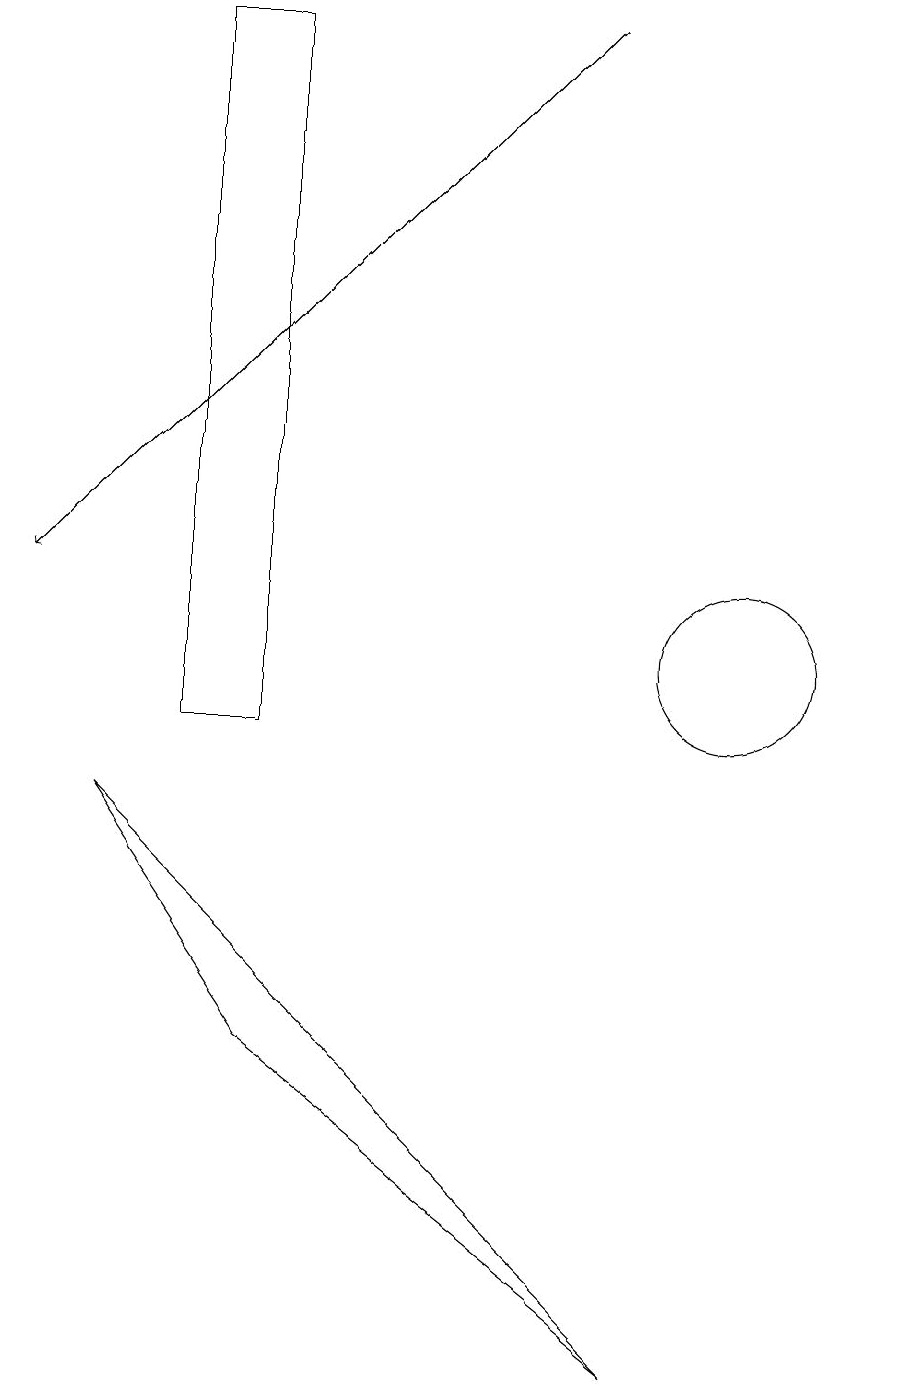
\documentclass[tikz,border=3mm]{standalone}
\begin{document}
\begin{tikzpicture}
\draw (12,11) circle (0);
\draw (4,10) rectangle (3,19);
\draw (4,6) -- (9,2) -- (2,9) -- cycle;
\draw[->] (8,19) -- (1,12);
\draw (10,11) circle (1);
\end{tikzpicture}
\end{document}